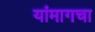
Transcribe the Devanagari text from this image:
यांमागचा